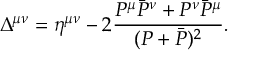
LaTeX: \Delta ^ { \mu \nu } = \eta ^ { \mu \nu } - 2 \frac { P ^ { \mu } \bar { P } ^ { \nu } + P ^ { \nu } \bar { P } ^ { \mu } } { ( P + \bar { P } ) ^ { 2 } } .